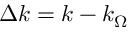
\Delta k = k - k _ { \Omega }